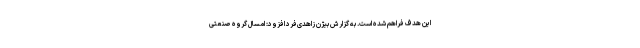
این هدف فراهم شده است. به گزارش بیژن زاهدی‌فرد افزود: امسال گروه صنعتی